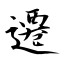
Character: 遷